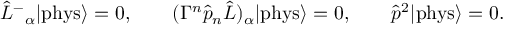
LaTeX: \hat { L } ^ { - } { } _ { \alpha } | \mathrm { p h y s } \rangle = 0 , \qquad ( \Gamma ^ { n } \hat { p } _ { n } \hat { L } ) _ { \alpha } | \mathrm { p h y s } \rangle = 0 , \qquad \hat { p } ^ { 2 } | \mathrm { p h y s } \rangle = 0 . \qquad